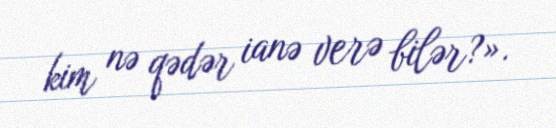
kim nə qədər ianə verə bilər?».